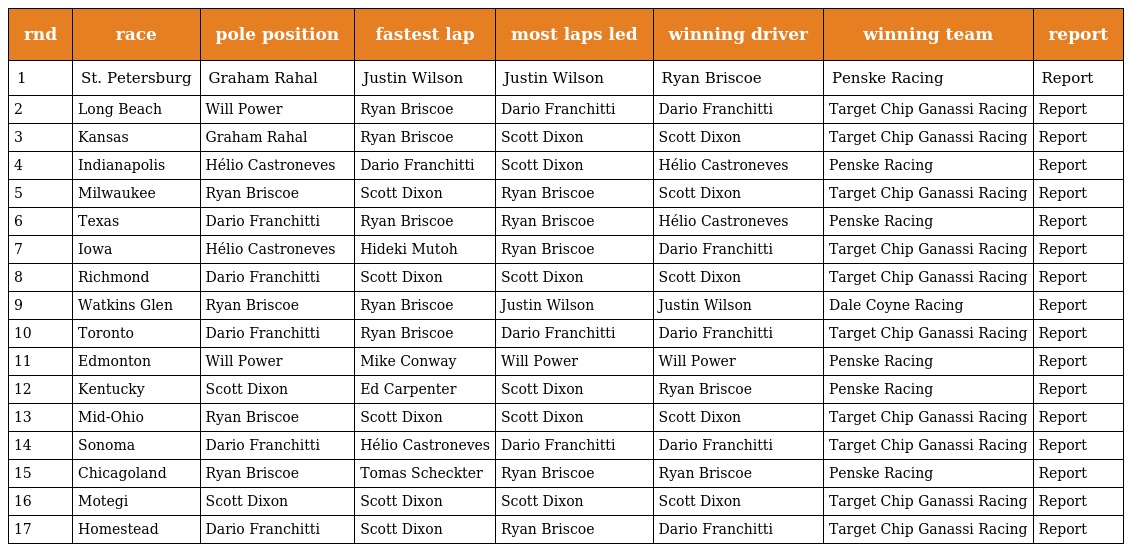
| rnd | race | pole position | fastest lap | most laps led | winning driver | winning team | report |
 | --- | --- | --- | --- | --- | --- | --- | --- |
 | 1 | St. Petersburg | Graham Rahal | Justin Wilson | Justin Wilson | Ryan Briscoe | Penske Racing | Report |
 | 2 | Long Beach | Will Power | Ryan Briscoe | Dario Franchitti | Dario Franchitti | Target Chip Ganassi Racing | Report |
 | 3 | Kansas | Graham Rahal | Ryan Briscoe | Scott Dixon | Scott Dixon | Target Chip Ganassi Racing | Report |
 | 4 | Indianapolis | Hélio Castroneves | Dario Franchitti | Scott Dixon | Hélio Castroneves | Penske Racing | Report |
 | 5 | Milwaukee | Ryan Briscoe | Scott Dixon | Ryan Briscoe | Scott Dixon | Target Chip Ganassi Racing | Report |
 | 6 | Texas | Dario Franchitti | Ryan Briscoe | Ryan Briscoe | Hélio Castroneves | Penske Racing | Report |
 | 7 | Iowa | Hélio Castroneves | Hideki Mutoh | Ryan Briscoe | Dario Franchitti | Target Chip Ganassi Racing | Report |
 | 8 | Richmond | Dario Franchitti | Scott Dixon | Scott Dixon | Scott Dixon | Target Chip Ganassi Racing | Report |
 | 9 | Watkins Glen | Ryan Briscoe | Ryan Briscoe | Justin Wilson | Justin Wilson | Dale Coyne Racing | Report |
 | 10 | Toronto | Dario Franchitti | Ryan Briscoe | Dario Franchitti | Dario Franchitti | Target Chip Ganassi Racing | Report |
 | 11 | Edmonton | Will Power | Mike Conway | Will Power | Will Power | Penske Racing | Report |
 | 12 | Kentucky | Scott Dixon | Ed Carpenter | Scott Dixon | Ryan Briscoe | Penske Racing | Report |
 | 13 | Mid-Ohio | Ryan Briscoe | Scott Dixon | Scott Dixon | Scott Dixon | Target Chip Ganassi Racing | Report |
 | 14 | Sonoma | Dario Franchitti | Hélio Castroneves | Dario Franchitti | Dario Franchitti | Target Chip Ganassi Racing | Report |
 | 15 | Chicagoland | Ryan Briscoe | Tomas Scheckter | Ryan Briscoe | Ryan Briscoe | Penske Racing | Report |
 | 16 | Motegi | Scott Dixon | Scott Dixon | Scott Dixon | Scott Dixon | Target Chip Ganassi Racing | Report |
 | 17 | Homestead | Dario Franchitti | Scott Dixon | Ryan Briscoe | Dario Franchitti | Target Chip Ganassi Racing | Report |